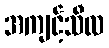
အကျင့်သီလ